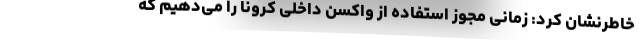
خاطرنشان کرد: زمانی مجوز استفاده از واکسن داخلی کرونا را می‌دهیم که